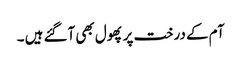
آم کے درخت پر پھول بھی آگئے ہیں ۔